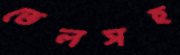
তেলসহ